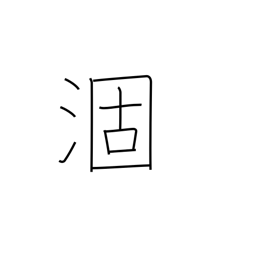
Meaning: mature